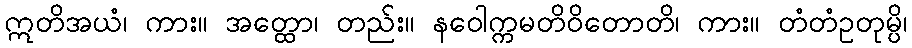
ဣတိအယံ၊ ကား။ အတ္ထော၊ တည်း။ နဝေါက္ကမတိဝိတောတိ၊ ကား။ တံတံဥတုမ္ပိ၊